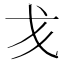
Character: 𢦍